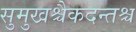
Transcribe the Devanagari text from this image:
सुमुखश्चैकदन्तश्च